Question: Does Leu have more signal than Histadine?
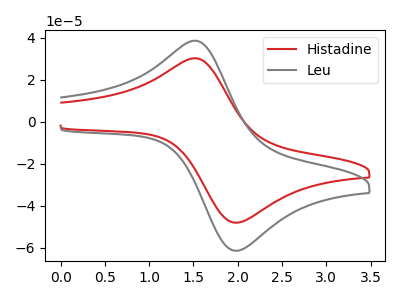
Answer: <think>The red curve "Histadine" has an anodic peak at (1.50V, 30.15uA) and a cathodic peak at (2.00V, -48.05uA). The gray curve "Leu" has an anodic peak at (1.50V, 38.50uA) and a cathodic peak at (2.00V, -61.40uA).
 All the peaks in "Leu" have a peak in "Histadine" at the same potential. Every peak in "Leu" is higher than every peak in "Histadine".</think>
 <answer>"Leu" has more signal than "Histadine".</answer>
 <eval>more_signal</eval>